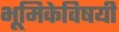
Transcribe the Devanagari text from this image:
भूमिकेविषयी